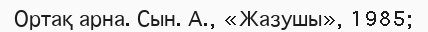
Ортақ арна. Сын. А., «Жазушы», 1985;